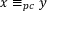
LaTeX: x \equiv _ { p c } y